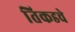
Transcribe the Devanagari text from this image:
तिकडचे